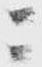
ニ